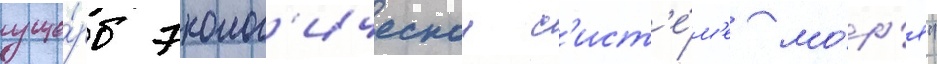
уще́рб эколог'ическои с'ист'е́м'е мо́р'я"